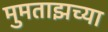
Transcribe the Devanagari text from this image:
मुमताझच्या